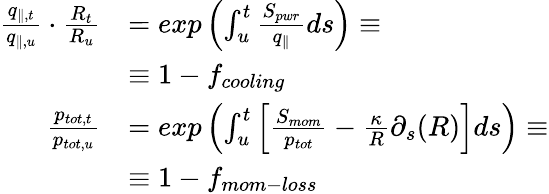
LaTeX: \begin{array}{rl}{\frac{q_{\parallel,t}}{q_{\parallel,u}}\cdot\frac{R_{t}}{R_{u}}}&{=exp\left(\int_{u}^{t}\frac{S_{pwr}}{q_{\parallel}}ds\right)\equiv}\\ {~}&{\equiv 1-f_{cooling}}\\ {\frac{p_{tot,t}}{p_{tot,u}}}&{=exp\left(\int_{u}^{t}\left[\frac{S_{mom}}{p_{tot}}-\frac{\kappa}{R}\partial_{s}(R)\right]ds\right)\equiv}\\ {~}&{\equiv 1-f_{mom-loss}}\end{array}